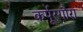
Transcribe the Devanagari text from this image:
कर्पूरगौरा